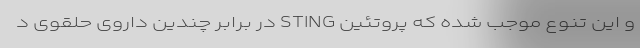
و این تنوع موجب شده که پروتئین STING در برابر چندین داروی حلقوی د